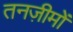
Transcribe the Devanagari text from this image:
तनज़ीमों